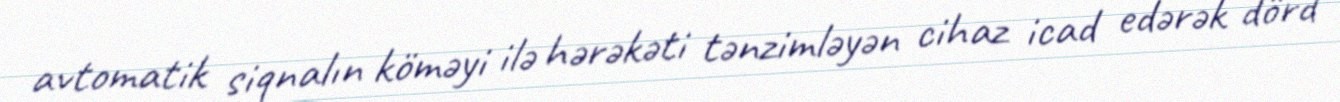
avtomatik siqnalın köməyi ilə hərəkəti tənzimləyən cihaz icad edərək dörd